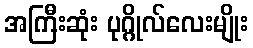
အကြီးဆုံး ပုဂ္ဂိုလ်လေးမျိုး